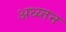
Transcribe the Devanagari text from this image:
अध्य्तन